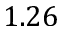
1 . 2 6